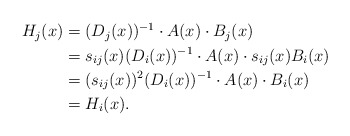
\begin{align*}\begin{aligned}H_j(x)&=(D_j(x))\sp{-1}\cdot A(x)\cdot B_j(x)\\&=s_{ij}(x)(D_i(x))\sp{-1}\cdot A(x)\cdot s_{ij}(x)B_i(x)\\&=(s_{ij}(x))\sp2(D_i(x))\sp{-1}\cdot A(x)\cdot B_i(x)\\&=H_i(x).\end{aligned}\end{align*}